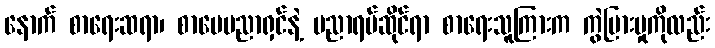
နောက် စာရေးဆရာ၊ စာပေပညာရှင်နဲ့ ပညာရပ်ဆိုင်ရာ စာရေးသူကြားက ကွဲပြားမှုကိုလည်း